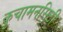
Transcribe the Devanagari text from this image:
कुचामनसिटी